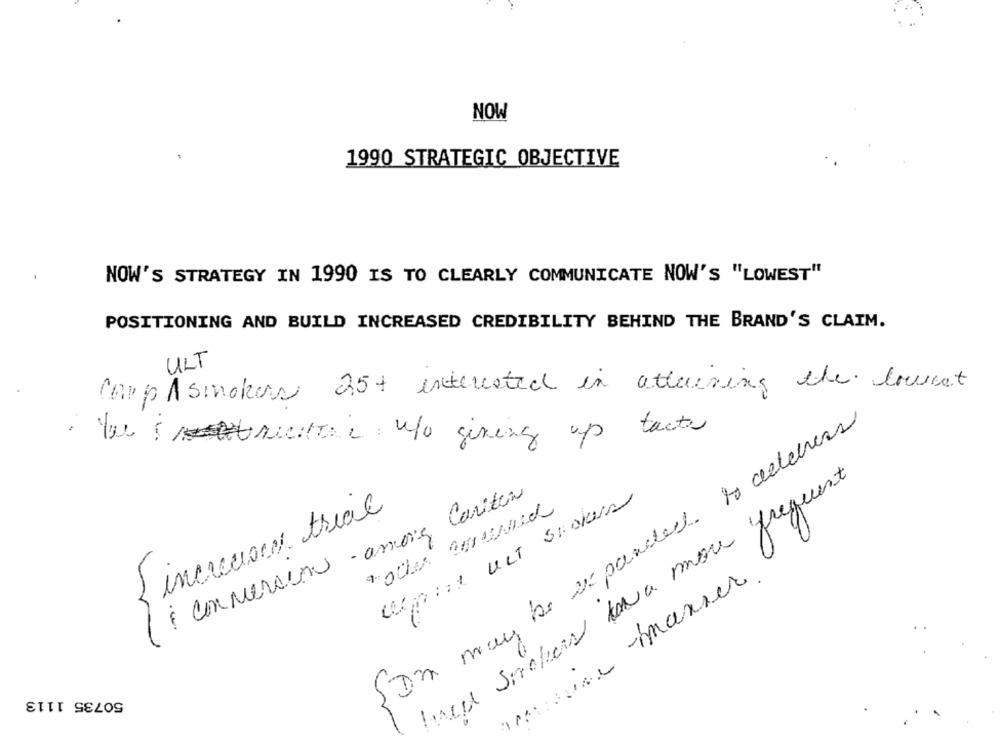
NOW
1990 STRATEGIC OBJECTIVE
NOW'S STRATEGY IN 1990 IS TO CLEARLY COMMUNICATE NOW'S "LOWEST"
POSITIONING AND BUILD INCREASED CREDIBILITY BEHIND THE BRAND'S CLAIM.
ULT
Carp Asmokers 25+ interested in attenning the courset
may be expanded to detectors
. bu structure: no giving up tact
need smokers ka more frequent
commercems - among Cariten
alpint unt Stoker
increased trial
mature manser
Dm me
50735 1113